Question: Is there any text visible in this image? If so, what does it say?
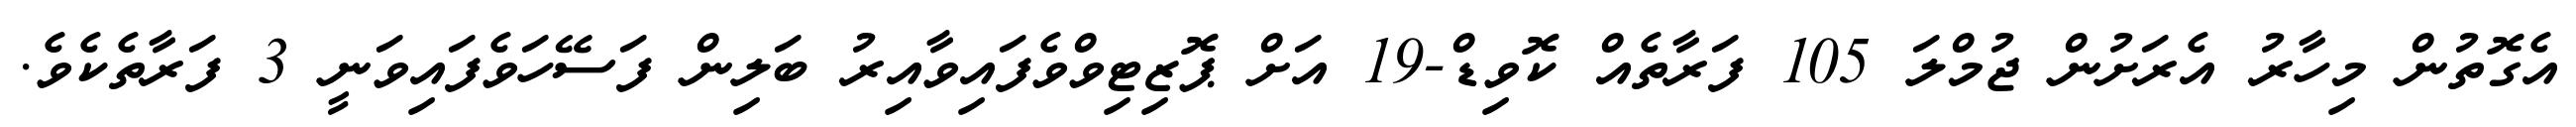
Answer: އެގޮތުން މިހާރު އެރަށުން ޖުމްލަ 105 ފަރާތެއް ކޮވިޑް-19 އަށް ޕޮޒިޓިވްވެފައިވާއިރު ބަލިން ފަސޭހަވެފައިވަނީ 3 ފަރާތެކެވެ.